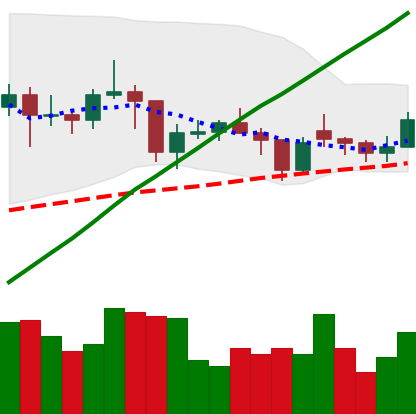
Ticker: LTC-USD
Chart end date: 2021-02-02
Forward return: 6.058%
Label: up_5_7